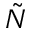
\Tilde { N }